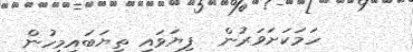
ހަމަކަށަވަރުން  ފިޔަވައި ތިޔަބައިމީހުން